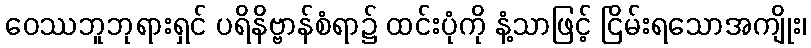
ဝေဿဘူဘုရားရှင် ပရိနိဗ္ဗာန်စံရာ၌ ထင်းပုံကို နံ့သာဖြင့် ငြိမ်းရသောအကျိုး၊